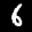
Label: 6